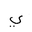
Letter: _ya